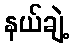
နယ်ချဲ့